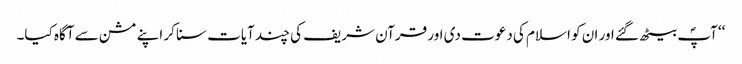
‘‘ آپؐ بیٹھ گئے اور ان کو اسلام کی دعوت دی اور قرآن شریف کی چند آیات سنا کر اپنے مشن سے آگاہ کیا۔